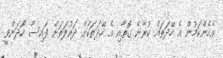
އެހެންކަމުން އެ ހޭދަތައް ކުރާނެ ގޮތާއި އެ ހޭދަތަކަށް ދައުލަތަށް ފައިސާ ހޯދަންވީ